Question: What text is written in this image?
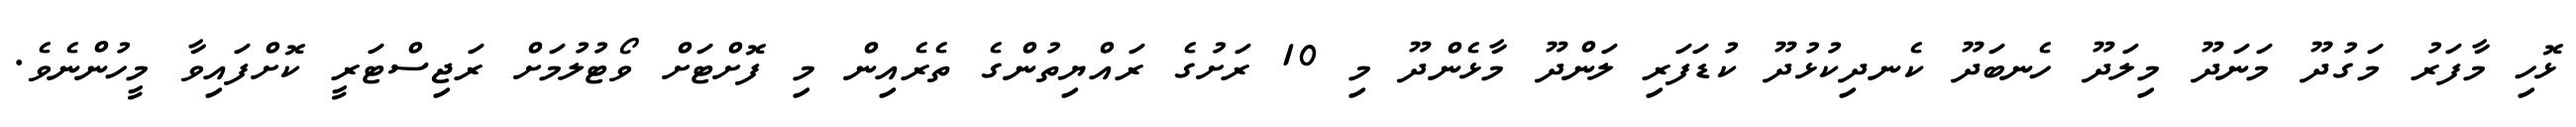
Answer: ޅޮހި މާފަރު މަގުދޫ މަނަދޫ މިލަދޫ ހެނބަދޫ ކެނދިކުޅުދޫ ކުޑަފަރި ލަންދޫ މާޅެންދޫ މި 10 ރަށުގެ ރައްޔިތުންގެ ތެރެއިން މި ފޮށްޓަށް ވޯޓުލުމަށް ރަޖިސްޓަރީ ކޮށްފައިވާ މީހުންނެވެ.